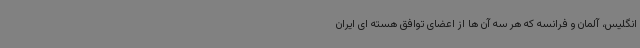
انگلیس، آلمان و فرانسه که هر سه آن ها از اعضای توافق هسته ای ایران